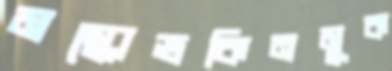
মস্কোভকিনমুক